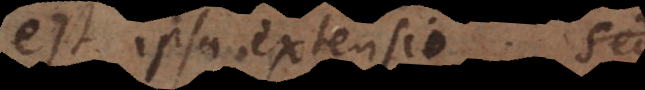
est ipsa extensio. Sed